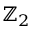
\mathbb { Z } _ { 2 }